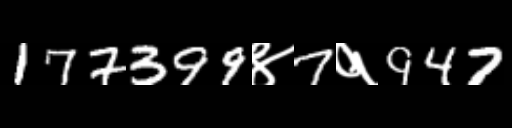
Text: 177399४7१947